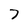
Character: 7